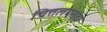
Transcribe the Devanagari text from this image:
चित्तलयःसदा